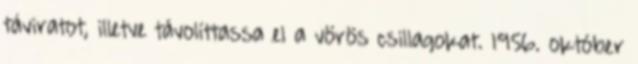
táviratot, illetve távolíttassa el a vörös csillagokat. 1956. október